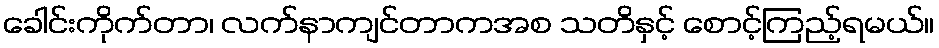
ခေါင်းကိုက်တာ၊ လက်နာကျင်တာကအစ သတိနှင့် စောင့်ကြည့်ရမယ်။